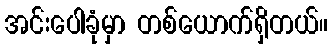
အင်းပေါခုံမှာ တစ်ယောက်ရှိတယ်။